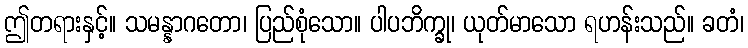
ဤတရားနှင့်။ သမန္နာဂတော၊ ပြည်စုံသော။ ပါပဘိက္ခု၊ ယုတ်မာသော ရဟန်းသည်။ ခတံ၊